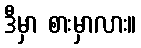
ဒီမှာ စားမှာလား။